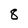
Character: 8